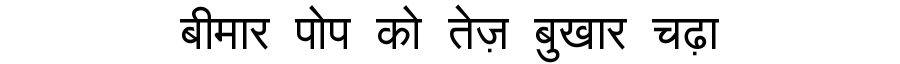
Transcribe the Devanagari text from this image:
बीमार पोप को तेज़ बुखार चढ़ा